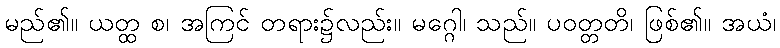
မည်၏။ ယတ္ထ စ၊ အကြင် တရား၌လည်း။ မဂ္ဂေါ၊ သည်။ ပဝတ္တတိ၊ ဖြစ်၏။ အယံ၊